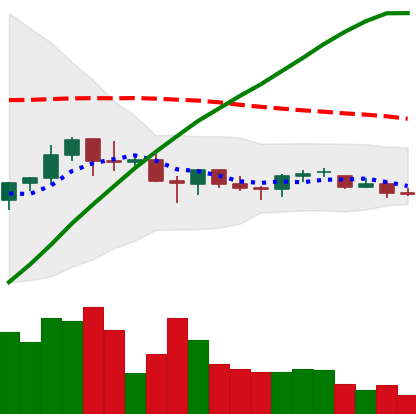
Ticker: BNB-USD
Chart end date: 2021-06-19
Forward return: -8.137%
Label: down_7plus